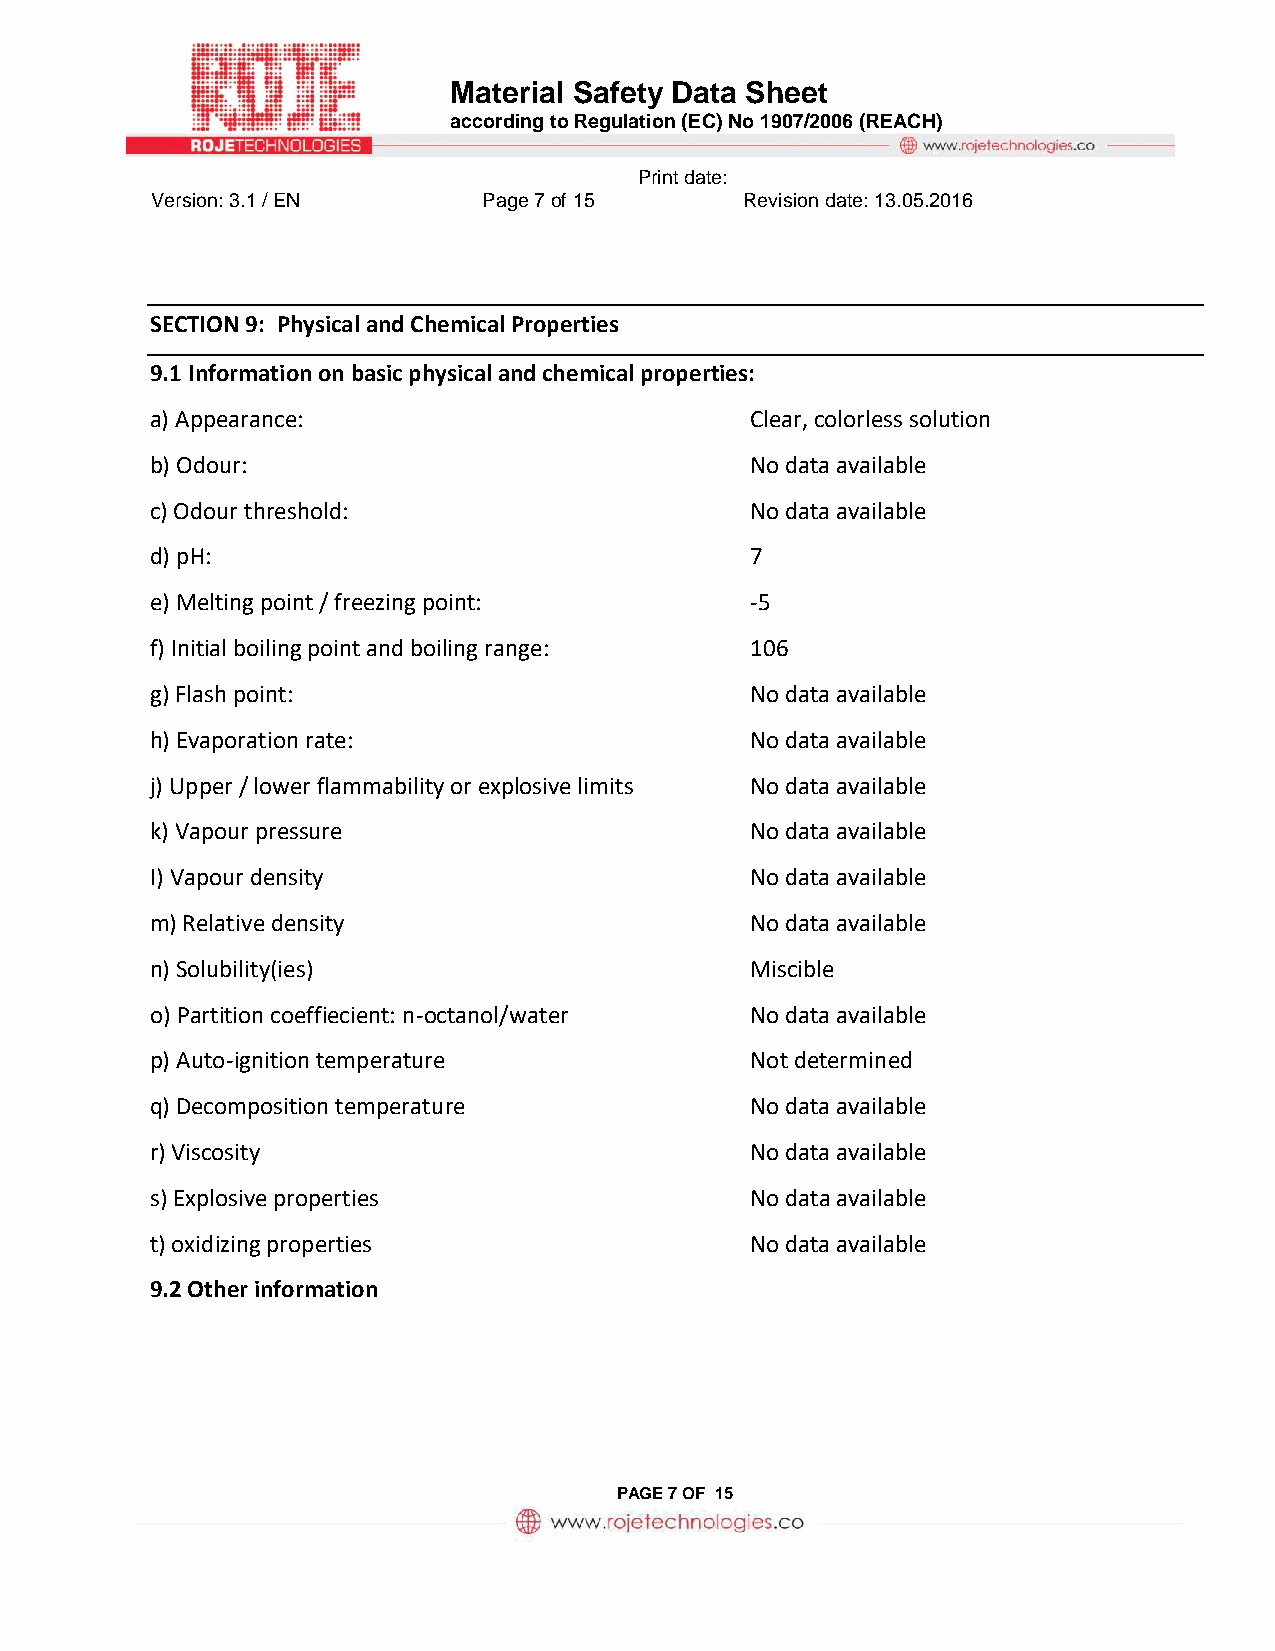
Material Safety Data Sheet
 according to Regulation (EC) No 1907/2006 (REACH)
 Print date:
 Version: 3.1 / EN     Page 7 of 15     Revision date: 13.05.2016
 SECTION 9: Physical and Chemical Properties
 9.1 Information on basic physical and chemical properties:
 a) Appearance:                          Clear, colorless solution
 b) Odour:                               No data available
 c) Odour threshold:                     No data available
 d) pH:                                  7
 e) Melting point / freezing point:      -5
 f) Initial boiling point and boiling range: 106
 g) Flash point:                         No data available
 h) Evaporation rate:                    No data available
 j) Upper / lower flammability or explosive limits No data available
 k) Vapour pressure                      No data available
 I) Vapour density                       No data available
 m) Relative density                     No data available
 n) Solubility(ies)                      Miscible
 o) Partition coeffiecient: n-octanol/water No data available
 p) Auto-ignition temperature            Not determined
 q) Decomposition temperature            No data available
 r) Viscosity                            No data available
 s) Explosive properties                 No data available
 t) oxidizing properties                 No data available
 9.2 Other information
 PAGE 7 OF 15